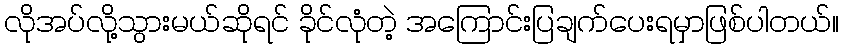
လိုအပ်လို့သွားမယ်ဆိုရင် ခိုင်လုံတဲ့ အကြောင်းပြချက်ပေးရမှာဖြစ်ပါတယ်။